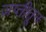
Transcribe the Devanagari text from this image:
जप्तीतून